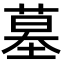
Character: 墓